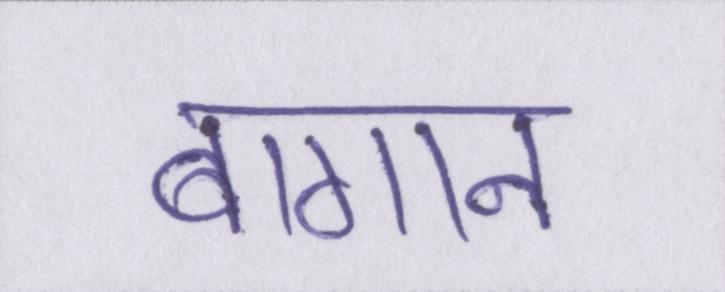
बागान